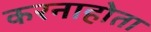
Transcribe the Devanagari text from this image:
करनाहोता